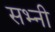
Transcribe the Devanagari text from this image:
सभ्नी